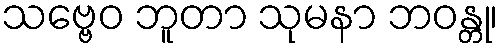
သဗ္ဗေဝ ဘူတာ သုမနာ ဘဝန္တု၊